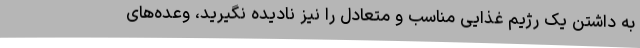
به داشتن یک رژیم غذایی مناسب و متعادل را نیز نادیده نگیرید، وعده‌های